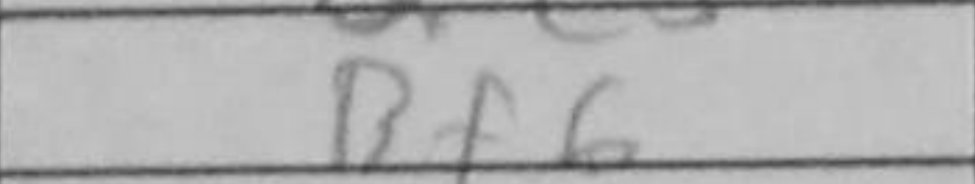
Transcription: Bf6